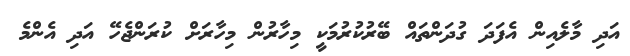
އަދި މާލެއިން އެފަދަ ގުދަންތައް ބޭރުކުރުމަކީ މިހާރުން މިހާރަށް ކުރަންޖެހޭ އަދި އެންމެ